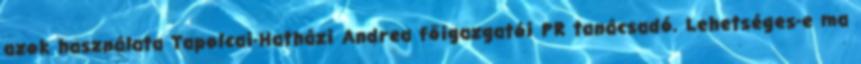
azok használata Tapolcai-Hatházi Andrea főigazgatói PR tanácsadó. Lehetséges-e ma